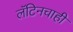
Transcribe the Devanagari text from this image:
लॅटिनचाही